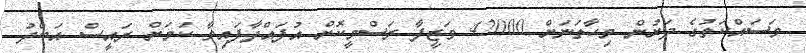
މަސައްކަތުގެ ދަށުން މިހާތަނަށް 42000 ވަޒީފާ ރަސްމީކޮށް އުފައްދާފައިވާ ކަމަށް ރައީސް އަބްދު